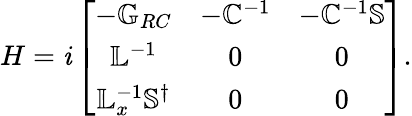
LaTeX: H=\mathit{i}\left[\begin{array}{ccc}{-\mathbb{G}_{RC}}&{-\mathbb{C}^{-1}}&{-\mathbb{C}^{-1}\mathbb{S}}\\ {\mathbb{L}^{-1}}&{0}&{0}\\ {\mathbb{L}_{x}^{-1}\mathbb{S}^{\dagger}}&{0}&{0}\end{array}\right].